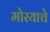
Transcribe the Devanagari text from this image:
मोरयाचे